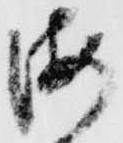
海